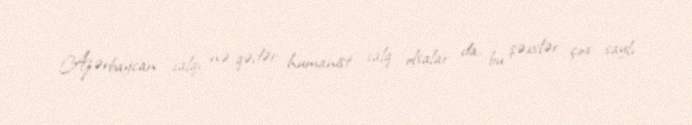
Azərbaycan xalqı nə qədər humanist xalq olsalar da, bu şəxslər çox saylı